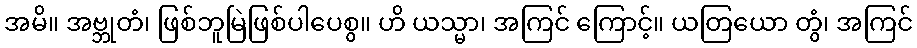
အမိ။ အဗ္ဘုတံ၊ ဖြစ်ဘူမြဲဖြစ်ပါပေစွ။ ဟိ ယသ္မာ၊ အကြင် ကြောင့်။ ယတြယော တွံ၊ အကြင်